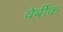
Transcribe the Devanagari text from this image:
वेर्बीक